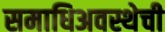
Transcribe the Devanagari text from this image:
समाधिअवस्थेची